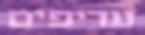
עדיפים